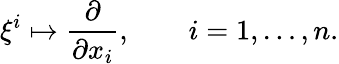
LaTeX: \xi^{i}\mapsto\frac{\partial}{\partial x_{i}},\qquad i=1,\dots,n.